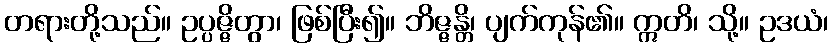
တရားတို့သည်။ ဥပ္ပဇ္ဇိတွာ၊ ဖြစ်ပြီး၍။ ဘိဇ္ဇန္တိ၊ ပျက်ကုန်၏။ ဣတိ၊ သို့။ ဥဒယံ၊